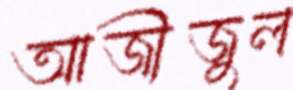
আজীজুল